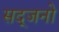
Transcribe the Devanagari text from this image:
सद्जनो